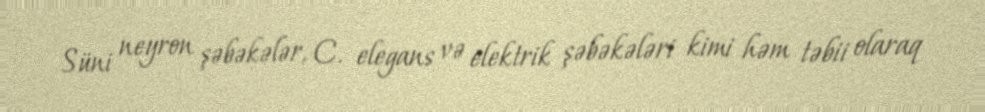
Süni neyron şəbəkələr, C. elegans və elektrik şəbəkələri kimi həm təbii olaraq